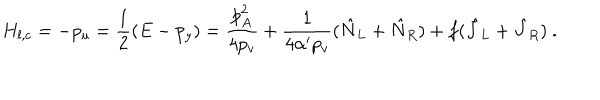
H _ { l , c } = - p _ { u } = \frac { 1 } { 2 } ( E - p _ { y } ) = \frac { p _ { A } ^ { 2 } } { 4 p _ { v } } + \frac { 1 } { 4 \alpha ^ { \prime } p _ { v } } ( \hat { N } _ { L } + \hat { N } _ { R } ) + f ( \hat { J } _ { L } + \hat { J } _ { R } ) ~ .